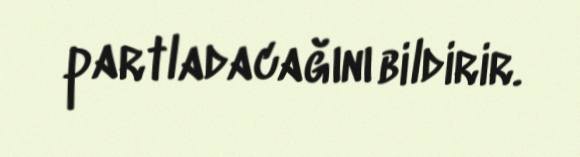
partladacağını bildirir.